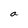
Character: a